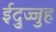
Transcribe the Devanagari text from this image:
ईदुज्जुह